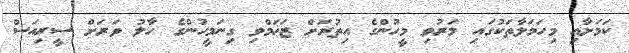
ކަމަށާއި މިހަމަލާތަކުގައި މަރުވި މީހުންގެ އިތުރަށް ޒަޚަމްވި ގިނަމީހުންގެ ހާލު ވަރަށް ސީރިއަސް